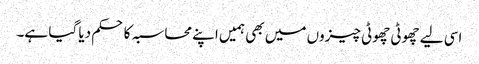
اسی لیے چھوٹی چھوٹی چیزوں میں بھی ہمیں اپنے محاسبہ کا حکم دیا گیا ہے۔